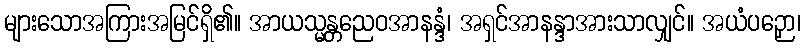
များသောအကြားအမြင်ရှိ၏။ အာယသ္မန္တညေဝအာနန္ဒံ၊ အရှင်အာနန္ဒာအားသာလျှင်။ အယံပဉှော၊